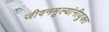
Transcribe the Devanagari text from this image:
जीवनमूल्यांनीयुक्त